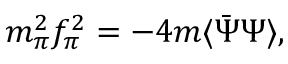
m _ { \pi } ^ { 2 } f _ { \pi } ^ { 2 } = - 4 m \langle \bar { \Psi } \Psi \rangle ,